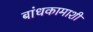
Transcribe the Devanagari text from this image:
बांधकामाशी